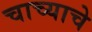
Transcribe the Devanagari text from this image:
चाच्याचे